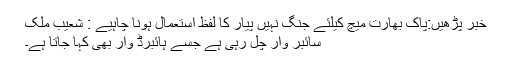
خبر پڑھیں:پاک بھارت میچ کیلئے جنگ نہیں پیار کا لفظ استعمال ہونا چاہیے : شعیب ملک
سائبر وار چل رہی ہے جسے ہائبرڈ وار بھی کہا جاتا ہے۔